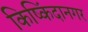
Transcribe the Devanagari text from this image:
किष्किंदानगर